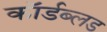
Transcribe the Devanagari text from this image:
कॉर्डब्लड